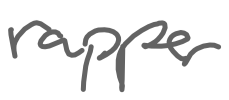
Text: rapper
Cross-out: clean
Writing tool: digital_gray